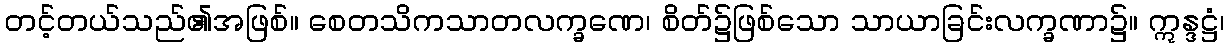
တင့်တယ်သည်၏အဖြစ်။ စေတသိကသာတလက္ခဏေ၊ စိတ်၌ဖြစ်သော သာယာခြင်းလက္ခဏာ၌။ ဣန္ဒဋ္ဌံ၊